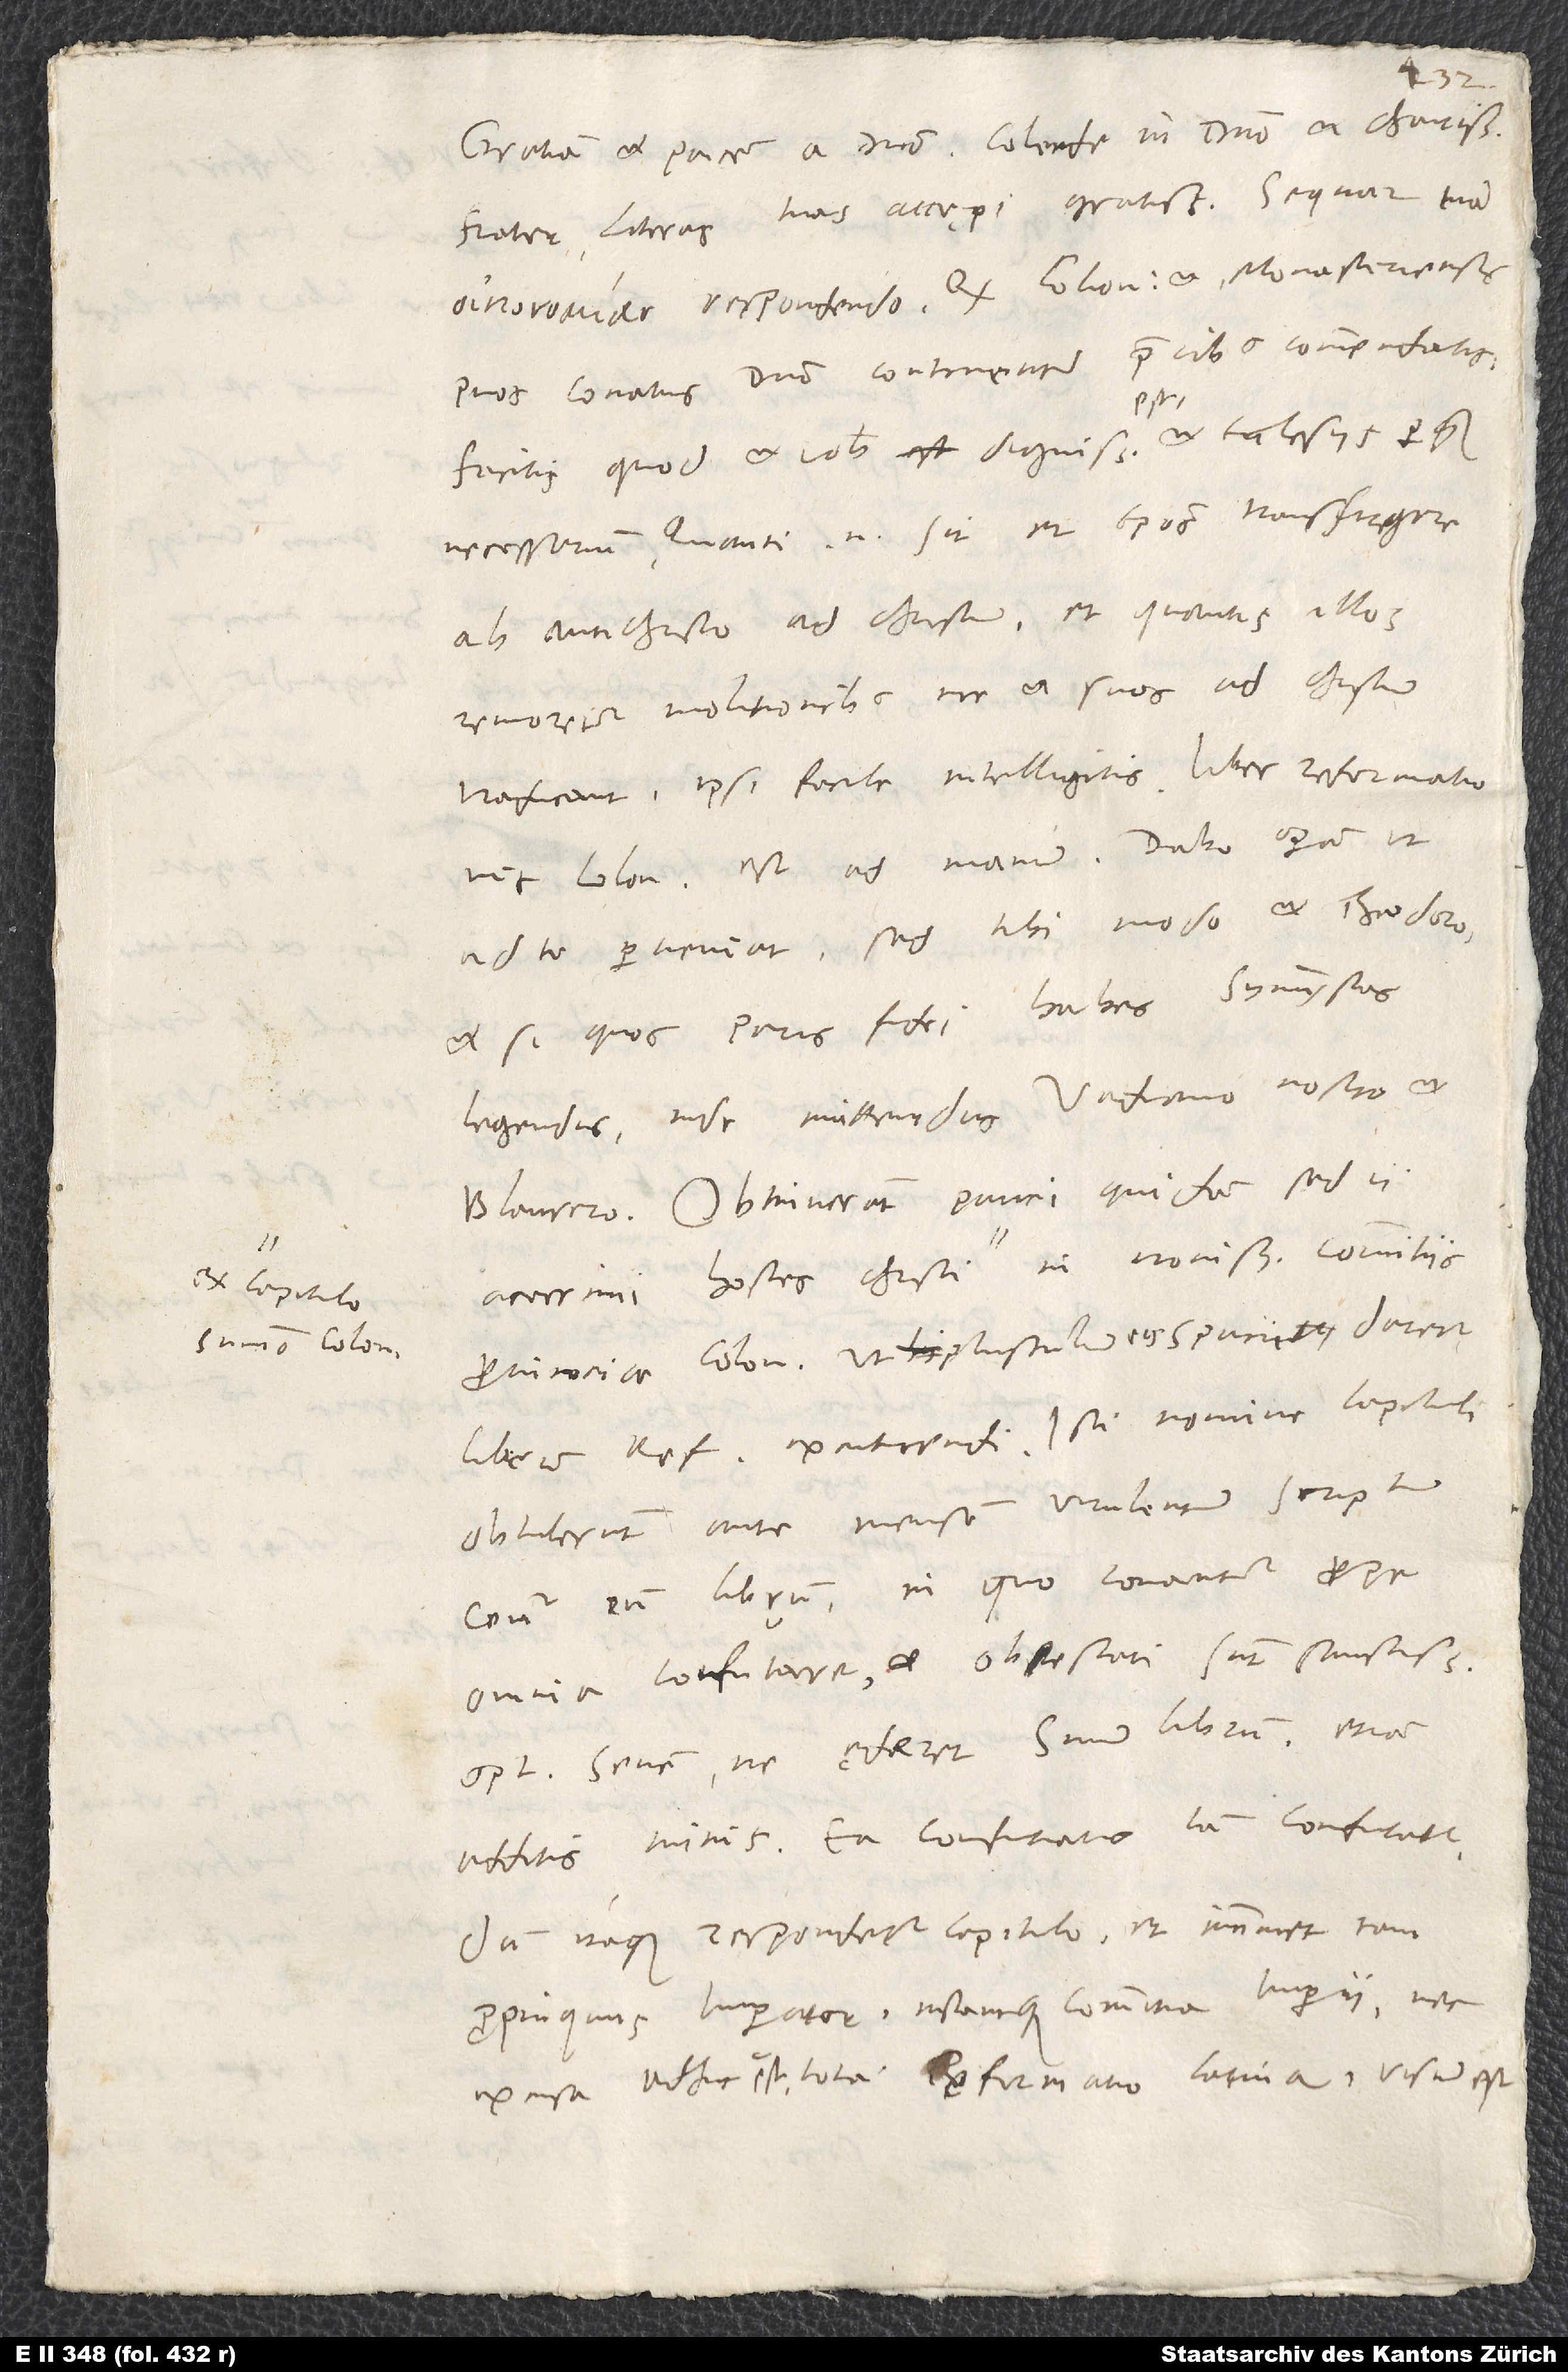
ex capitulo
summo Coloniensi

Gratiam et pacem a domino, colende in domino et charissime
Literas tuas accępi gratissimas. Sequar tuam
respondendo. Quod Coloniensis et Monasteriensis
pios conatus domino continenter precibus commendatis,
est.
facitis, quod et vobis dignissimum est et ecclesiis perquam
necessarium. Quanti enim sit et episcopos transfugere
ab antichristo ad Christum et quantis illos
remoretur molitionibus, ne et suos ad Christum
Coloniensis est ad manum. Dabo operam, ut
ad te perveniat, sed tibi modo et Theodoro,
et si quos paris fidei habes symmystas,
legendus, inde mittendus Vadiano nostro et
Blaurero. Obtinuerant pauci quidam, sed ii
provinciae Coloniensis, ut plusculum eis spacii daretur
librum reformationis excutiendi. Isti nomine capituli
obtulerunt ante mensem virulentum scriptum
contra eum librum, in quo conantur prope
omnia confutare, et obtestati sunt sanctissimum
optimum senem, ne ęderet suum librum, etiam
additis minis. Ea confutatio iam confutatur.
Dum itaque respondetur capitulo et imminet iam
propinquus imperator instantque commitia imperii nec
excusa adhuc est tota Reformatio Latina, visum est